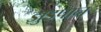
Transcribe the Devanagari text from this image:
झुडपान